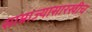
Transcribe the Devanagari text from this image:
साम्राज्यासारखीच